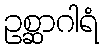
ဥစ္ဆာဂါရံ